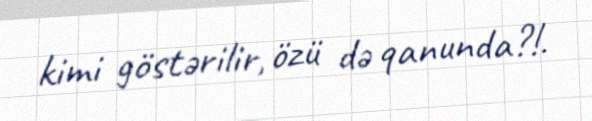
kimi göstərilir, özü də qanunda?!.